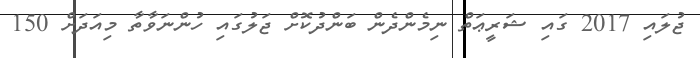
ޖުލައި 2017 ގައި ޝަރީޢަތް ނިމެންދެން ބަންދުކޮށް ޖަލުގައި ހުންނަވާތާ މިއަދަށް 150